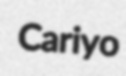
Cariyo